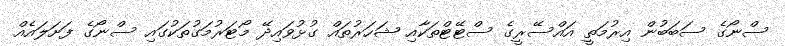
ސްނޯގެ ސަބަބުން އިރުމަތީ އައްސޭރީގެ ސްޓޭޓްތަކާއި ޝަހަރުތައް ގުޅުވައިދޭ މޯޓަރުމަގުތަކުގައި ސްނޯގެ ފަށަލައެއް